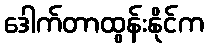
ဒေါက်တာထွန်းနိုင်က